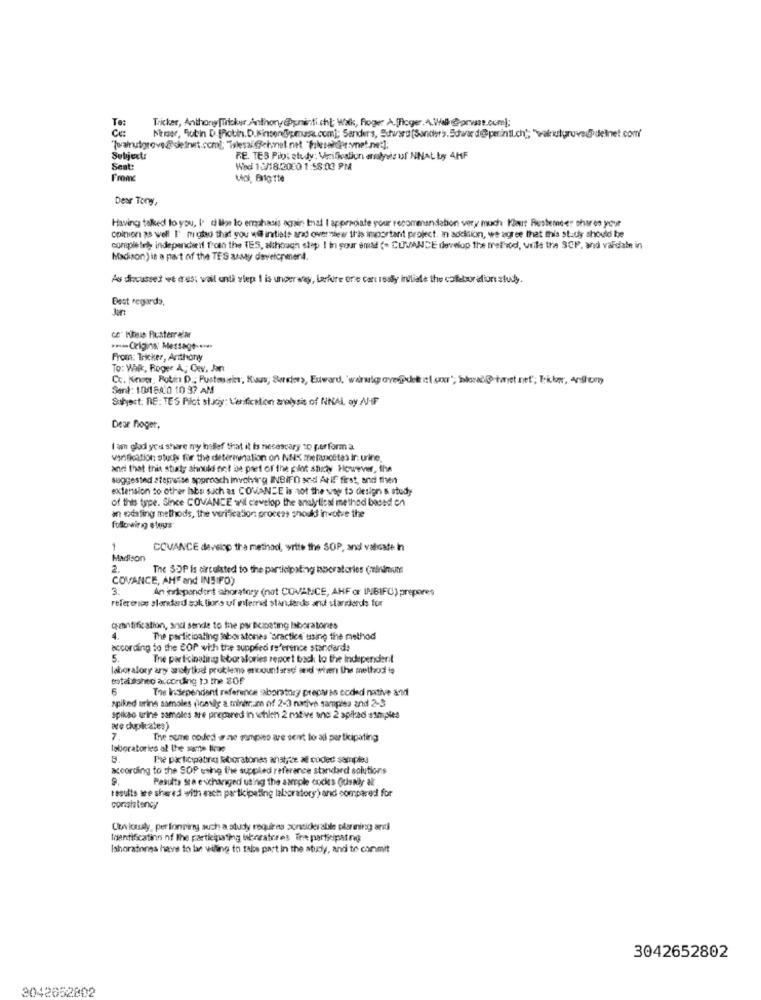
Te:
Tricker, Anthony [Tilcker Anthony@pninti.chi; Walk, Roger A.(Toger.A.Wall @prase.com];
Nner, Rubin D [Robin.D.kinsendpmasa.com]; Sanders, Sutward [Sanders.Edward@@perintl.ch); "walnutgrove@delnet.com'
Subject:
RE. TES Pilo; etuly: Verification analysis uf NNAL by 4HF
Sent:
Wed 10/18/2000 1:58:03 PM
Lol, Enlatte
Dear Tory,
Having talked to you, I. d lige to ermphasis again that I appreciate your recorrenandation very much Klaut Rustemeer shares your
opinion as well I' mgtso that you wil initiate and overview this important project. In aodklon, we agree that this study should be
completed indepencheif froth the TES, although stap I in pour enad (- CUVANDE develop the trethod, weils the SCP, and valdale in
Madison) is a part of the TES assay developmer4.
As discussed ve ires: vail anti step I is underway, Larfure one can resty initiale the cotebor ation study.
Best regards,
Bart
ce" hours Plusterrain
*** Origins: Message ...
From: Tricker, Anthony
To: Walk, Roger A, Cev. Jon
Cc. Know, Rotin D ., Pustouris, Kus, Sweden, Edward, warwigavedet et par"; blad@twet.net; Fricker, Anthony
Send: 10/18010 10 37 AM
Suhost: RE: TES Pilot study: Verification analysis of NNAL ay AH-F
Dear Bloger,
I am gladi you share my isllef that it Is necescary to perform a
wrification studer for the determination on NNK thelancetas ir: urine,
and that this stity should not be pset of the pilot snowy However, the
suggested stepreise approach involving INBIFO and Atif first, and then
extension to other habe such as COMANDE is not the way to design & study
of this type. Since COVANCE wil develop the analytical method based on
an existing methods, the verification process should involve the
1
COVANCE develop the method, write the SOP, and valcate in
Madison
2.
The SOP is circulated to the participating isboratories (minimums
COVANCE, AHT and INEIPO)
3.
An independent ahoratory (not COVAPCE, AHFor INJBIFO) prepares
reference standard sok tions uf mlere standards and standards for
quantification, and sende to the par Bezpeting Iaboratones
4.
The participating laboratories 'practice using the method
according to the COP with the supplied reference standards
5
The participating laboratories report back to the Independent
laboratory any ansertical problems encountersd' and when the method is
total dohec according to the BOF
6
The Independent reference saboratory preparas coded native and
spiked urine samoles (lostile a miniram of 2-3 native samples and 2-5
spikao urine samples are prepared in whlen 2 mtive and 2 spiked simples
are dupkates)
7.
The sune coded a nie sempreo are sent for all participating
laboratories al the ---
Fre participating laboratories anaty de af coded samples
according to the SOP using the supplied reference standard solutions
Pasults ste exchanged using the sample cocks Odsally alt
results are shared with ech participating laboratory ) and compared for
consistency
Curiously, per lonning auch a study requires sontickerable planning andi
thentification nf the participating biberatores The participating
Ishoratones have to lan willing to talos part in the study, and to commit
3042652802
3042652802